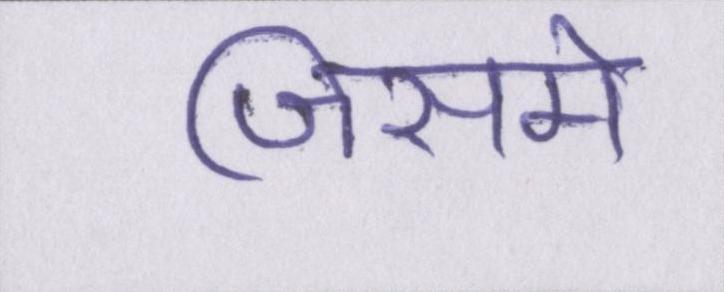
जिसमे